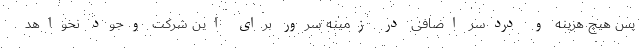
پس هیچ هزینه و دردسر اضافی در زمینه سرور برای این شرکت وجود نخواهد